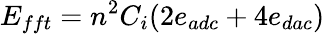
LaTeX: E_{fft}=n^{2}C_{i}(2e_{adc}+4e_{dac})